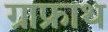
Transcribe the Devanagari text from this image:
ग्राफ्राथ